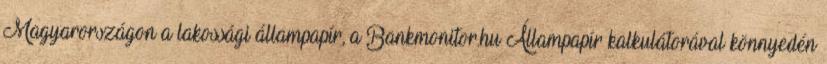
Magyarországon a lakossági állampapír, a Bankmonitor.hu Állampapír kalkulátorával könnyedén